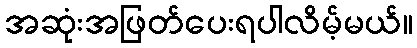
အဆုံးအဖြတ်ပေးရပါလိမ့်မယ်။